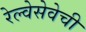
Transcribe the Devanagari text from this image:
रेल्वेसेवेची